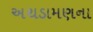
અથડામણના